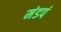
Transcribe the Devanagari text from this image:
मंडपं